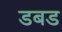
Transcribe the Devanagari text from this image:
डबड